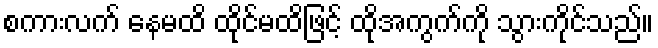
စကားလက် နေမထိ ထိုင်မထိဖြင့် ထိုအကွက်ကို သွားကိုင်သည်။